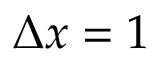
\Delta x = 1